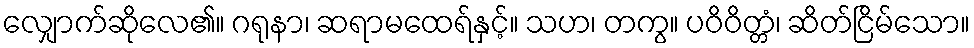
လျှောက်ဆိုလေ၏။ ဂရုနာ၊ ဆရာမထေရ်နှင့်။ သဟ၊ တကွ။ ပဝိဝိတ္တံ၊ ဆိတ်ငြိမ်သော။